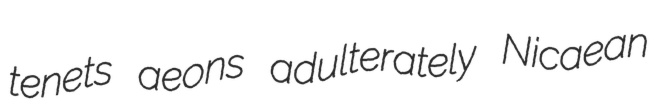
tenets aeons adulterately Nicaean